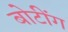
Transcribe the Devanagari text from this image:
बोटींग